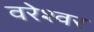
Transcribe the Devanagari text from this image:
वरेश्वर